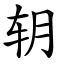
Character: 䢁